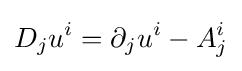
D_{j}u^{i}=\partial _{j}u^{i}-A_{j}^{i}